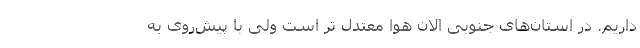
داریم. در استان‌های جنوبی الان هوا معتدل تر است ولی با پیش‌روی به